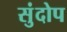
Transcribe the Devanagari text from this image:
सुंदोप